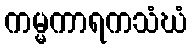
ကမ္မကာရကသံဃံ